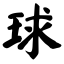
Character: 球